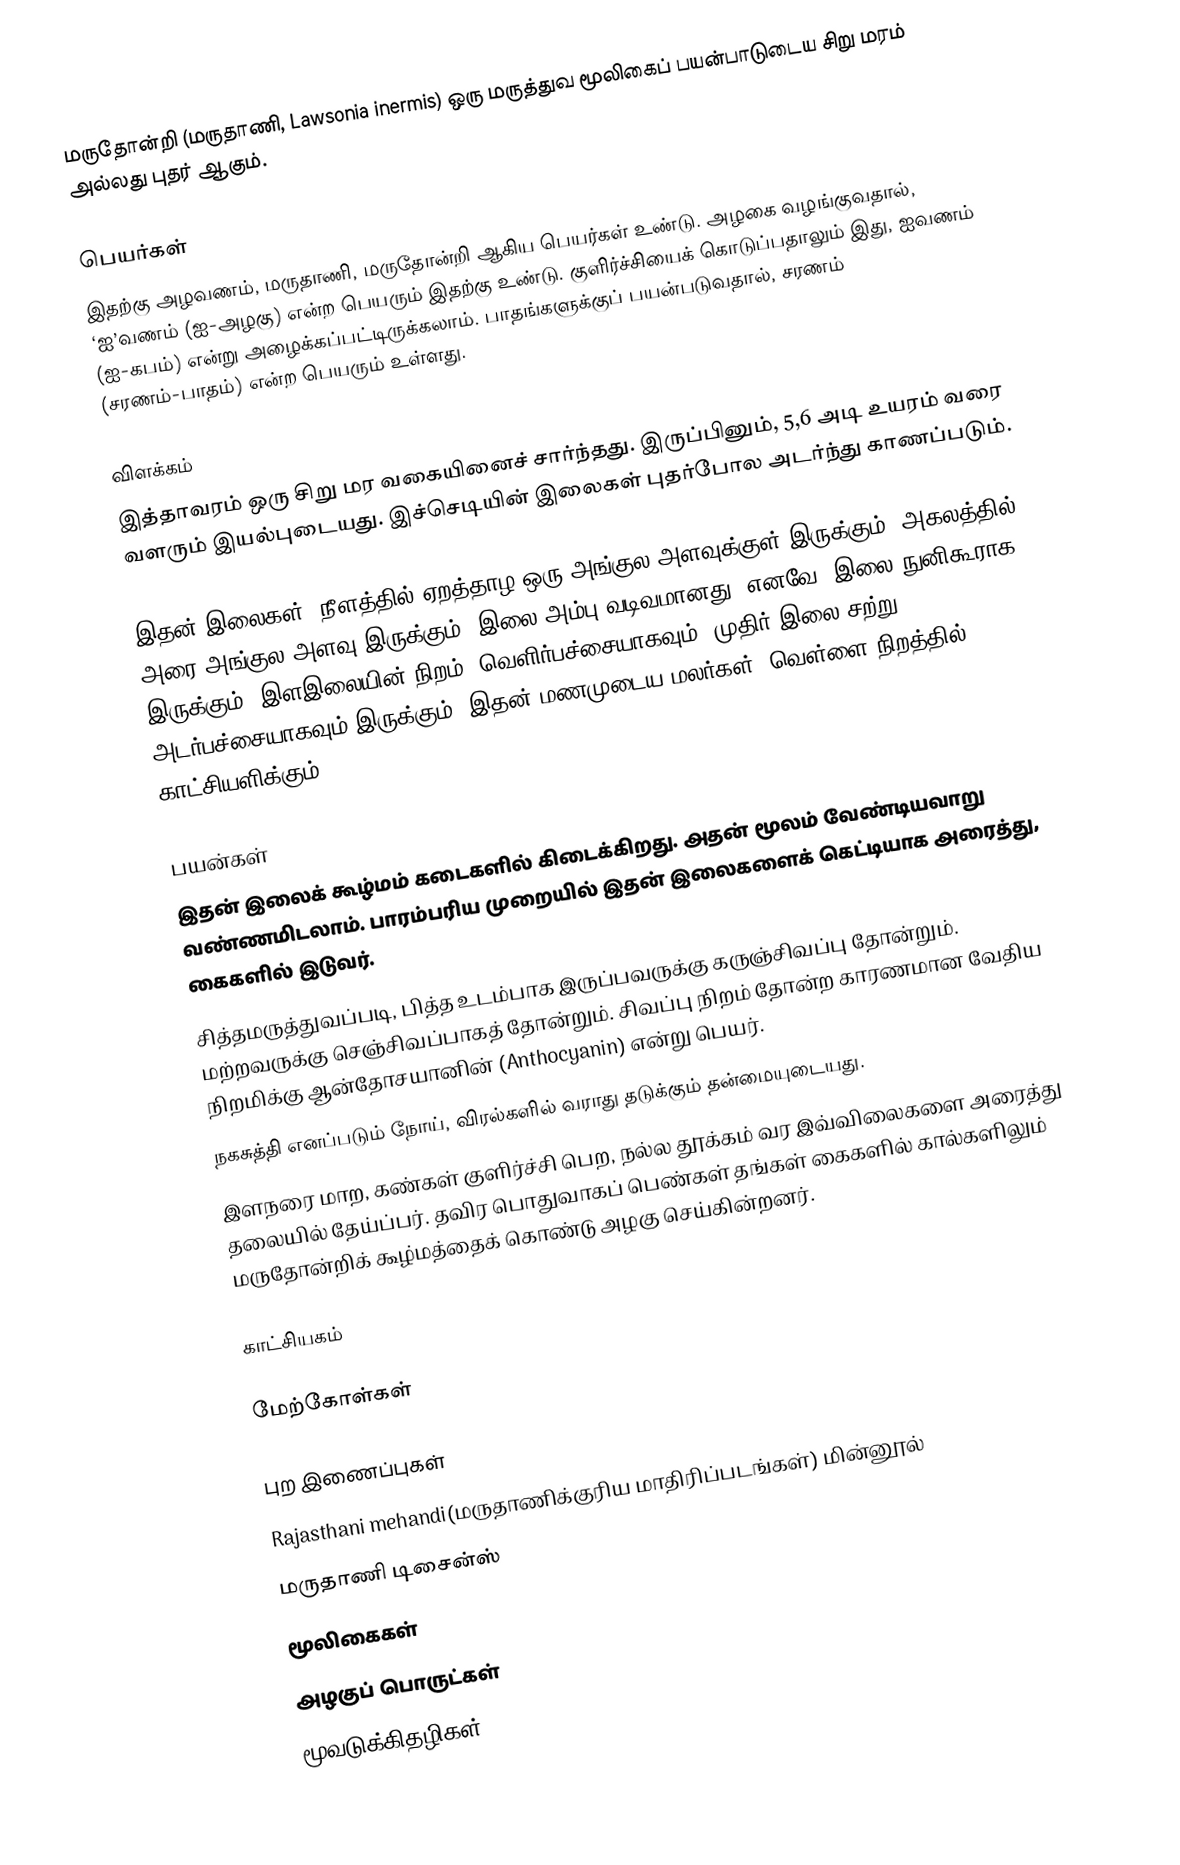
மருதோன்றி (மருதாணி, Lawsonia inermis) ஒரு மருத்துவ மூலிகைப் பயன்பாடுடைய சிறு மரம் அல்லது புதர் ஆகும்.

பெயர்கள்
இதற்கு அழவணம், மருதாணி, மருதோன்றி ஆகிய பெயர்கள் உண்டு. அழகை வழங்குவதால், ‘ஐ’வணம் (ஐ-அழகு) என்ற பெயரும் இதற்கு உண்டு. குளிர்ச்சியைக் கொடுப்பதாலும் இது, ஐவணம் (ஐ-கபம்) என்று அழைக்கப்பட்டிருக்கலாம். பாதங்களுக்குப் பயன்படுவதால், சரணம் (சரணம்-பாதம்) என்ற பெயரும் உள்ளது.

விளக்கம்
இத்தாவரம் ஒரு சிறு மர வகையினைச் சார்ந்தது. இருப்பினும், 5,6 அடி உயரம் வரை வளரும் இயல்புடையது. இச்செடியின் இலைகள் புதர்போல அடர்ந்து காணப்படும்.

இதன் இலைகள், நீளத்தில் ஏறத்தாழ ஒரு அங்குல அளவுக்குள் இருக்கும். அகலத்தில் அரை அங்குல அளவு இருக்கும். இலை அம்பு வடிவமானது. எனவே, இலை நுனிகூராக இருக்கும். இளஇலையின் நிறம், வெளிர்பச்சையாகவும், முதிர் இலை சற்று அடர்பச்சையாகவும் இருக்கும். இதன்  மணமுடைய மலர்கள், வெள்ளை நிறத்தில் காட்சியளிக்கும்.

பயன்கள்
இதன் இலைக் கூழ்மம் கடைகளில் கிடைக்கிறது. அதன் மூலம் வேண்டியவாறு வண்ணமிடலாம். பாரம்பரிய முறையில் இதன் இலைகளைக் கெட்டியாக அரைத்து, கைகளில் இடுவர்.
சித்தமருத்துவப்படி, பித்த உடம்பாக இருப்பவருக்கு கருஞ்சிவப்பு தோன்றும். மற்றவருக்கு செஞ்சிவப்பாகத் தோன்றும். சிவப்பு நிறம் தோன்ற காரணமான வேதிய நிறமிக்கு ஆன்தோசயானின் (Anthocyanin) என்று பெயர்.
நகசுத்தி எனப்படும் நோய், விரல்களில் வராது தடுக்கும் தன்மையுடையது.
இளநரை மாற, கண்கள் குளிர்ச்சி பெற, நல்ல தூக்கம் வர இவ்விலைகளை அரைத்து தலையில் தேய்ப்பர். தவிர பொதுவாகப் பெண்கள் தங்கள் கைகளில் கால்களிலும் மருதோன்றிக் கூழ்மத்தைக் கொண்டு அழகு செய்கின்றனர்.

காட்சியகம்

மேற்கோள்கள்

புற இணைப்புகள்
Rajasthani mehandi(மருதாணிக்குரிய மாதிரிப்படங்கள்) மின்னூல்
மருதாணி டிசைன்ஸ்
மூலிகைகள்
அழகுப் பொருட்கள்
மூவடுக்கிதழிகள்